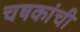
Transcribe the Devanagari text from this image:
चषकांची